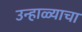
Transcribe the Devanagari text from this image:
उन्हाळ्याचा